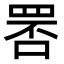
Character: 𦊾